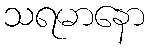
သရမာနော